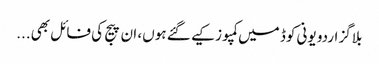
بلاگز اردو یونی کوڈ میں کمپوز کیے گئے ہوں، ان پیج کی فائل بھی...